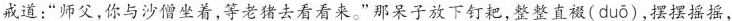
戒道：“师父，你与沙僧坐着，等老猪去看看来”那呆子放下钉耙，整整直裰( cuo )，摆摆摇摇，